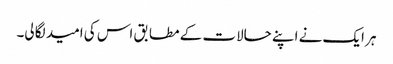
ہر ایک نے اپنے حالات کے مطابق اس کی امید لگا لی۔